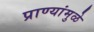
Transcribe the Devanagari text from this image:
प्राण्यांमुळे